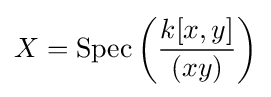
X={\text{Spec}}\left({\frac {k[x,y]}{(xy)}}\right)